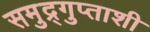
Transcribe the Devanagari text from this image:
समुद्र्गुप्ताशी